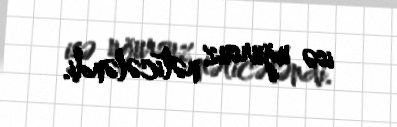
isə uğursuz nəticələndi.